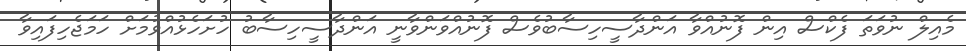
މެއިލް ނުވަތަ ފެކްސް އިން ފޮނުއްވާ އަންދާސީހިސާބުވެސް ފޮނުއްވަންވާނީ އަންދާސީހިސާބު ހުށަހެޅުއްވުމަށް ހަމަޖެހިފައިވާ